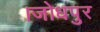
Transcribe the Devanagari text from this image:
।जोधपुर